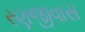
રણજીવાસ